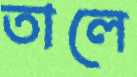
তালে